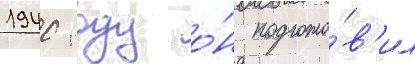
1940 году о́н подгото́в'ил